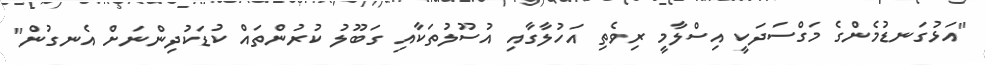
"އަޅުގަނޑުމެންގެ މަގްސަދަކީ އިސްލާމީ ރިވެތި އަހުލާގާއި އުސޫލުތަކާއި ގަބޫލު ކުރުންތައް ކުޑަކުދިންނަށް އެނގުން"